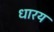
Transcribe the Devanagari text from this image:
धारय